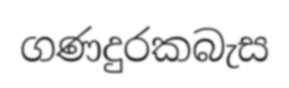
ගණදුරකබැස